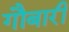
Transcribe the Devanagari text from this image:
गौबारी